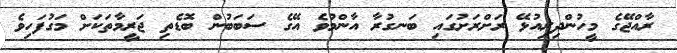
ރާއްޖޭގެ މީހުންދިރިއުޅޭ ރަށްރަށުގައި ބަނގުރާ އާންމުވެ އޭގެ ސަބަބުން ބޮޑެތި ޖަރީމާތަކަށް މަގުފަހިވެ